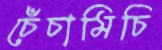
চেঁচামিচি